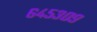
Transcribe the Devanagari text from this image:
६४५३०९